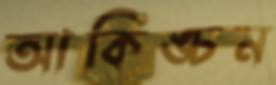
আকিঙ্চন